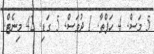
5 މަސް